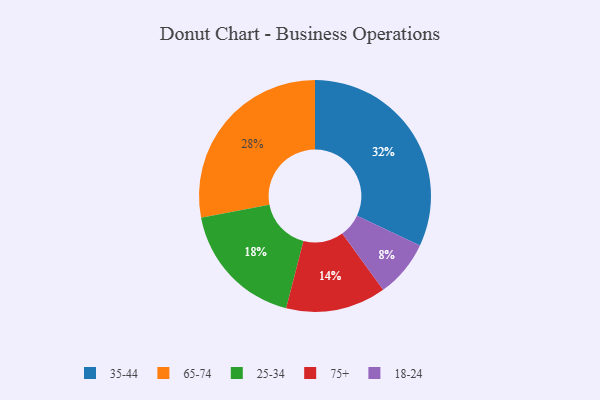
{"axis": {"x": "Category", "y": "Percentage"}, "legend": ["18-24", "25-34", "35-44", "65-74", "75+"], "data": [{"x": "75+", "y": 14, "type": "75+"}, {"x": "65-74", "y": 28, "type": "65-74"}, {"x": "35-44", "y": 32, "type": "35-44"}, {"x": "25-34", "y": 18, "type": "25-34"}, {"x": "18-24", "y": 8, "type": "18-24"}]}